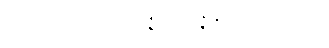
ဟောတိ- ဖြစ်၏။ ဒဇ္ဇတိ, ဒဇ္ဇန္တိ စသည်တည်း။